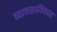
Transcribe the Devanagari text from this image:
व्यावसायिकास